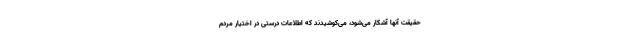
حقیقت آنها آشکار می‌شود، می‌کوشیدند که اطلاعات درستی در اختیار مردم